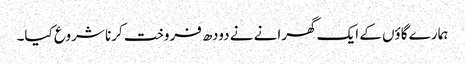
ہمارے گاؤں کے ایک گھرانے نے دودھ فروخت کرنا شروع کیا۔